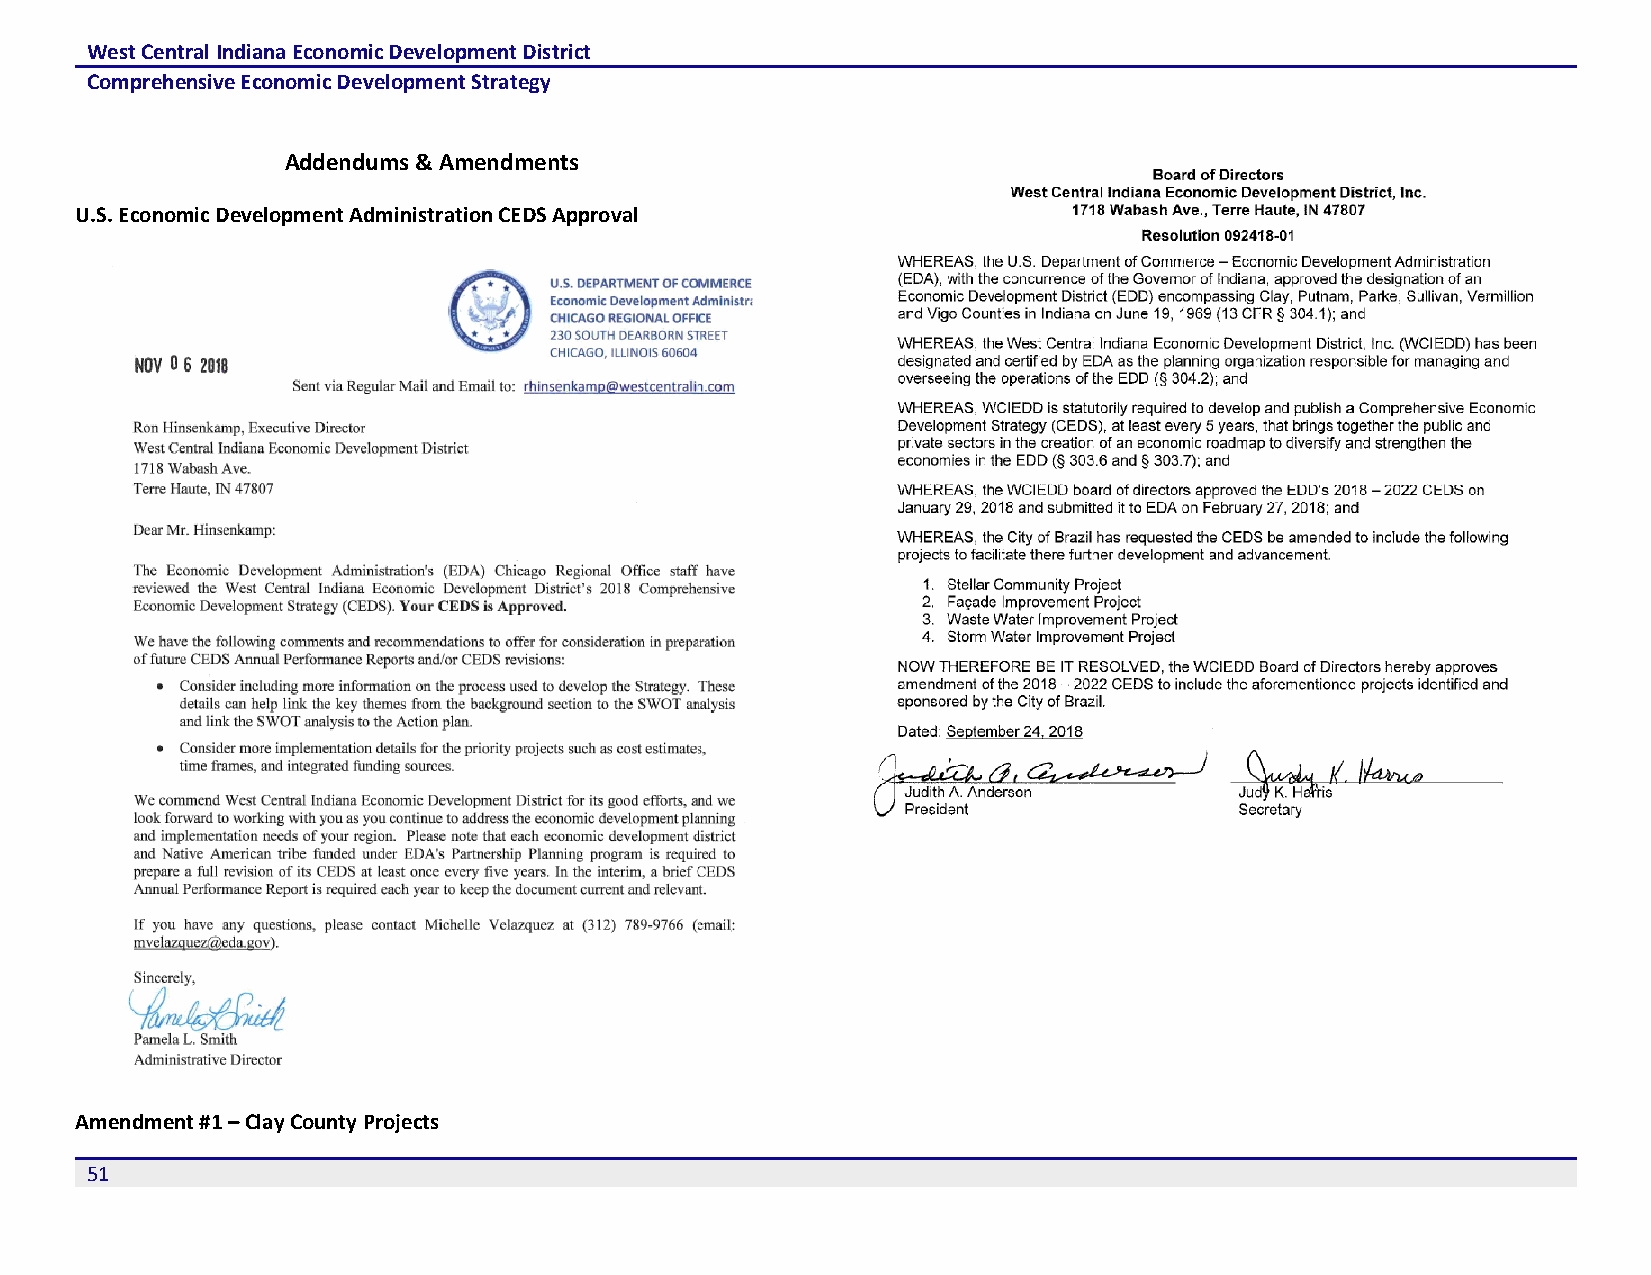
West Central Indiana Economic Development District
 Comprehensive Economic Development Strategy
 Addendums & Amendments
 U.S. Economic Development Administration CEDS Approval
 Amendment #1 – Clay County Projects
 51